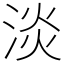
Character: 淡